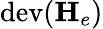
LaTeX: \mathrm{dev}(\mathbf{H}_{e})